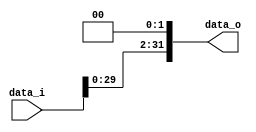
//Subject:      CO project 2 - Shift_Left_Two_32
//--------------------------------------------------------------------------------
//Version:     1
//--------------------------------------------------------------------------------
//Writer:      Ling Yin-Tao
//----------------------------------------------
//Date:        5/2
//----------------------------------------------
//Description: 0516320
//--------------------------------------------------------------------------------

module Shift_Left_Two_32(
    data_i,
    data_o
    );

//I/O ports                    
input [32-1:0] data_i;
output [32-1:0] data_o;

//shift left 2
     
assign data_o[32-1:0] = {data_i[32-2-1:0],2'b00};
	 
endmodule